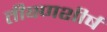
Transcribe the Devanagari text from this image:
तीक्ष्णशीर्ष